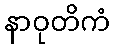
နာဝုတိကံ